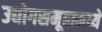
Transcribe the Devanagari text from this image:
उद्योगसमूहामध्ये